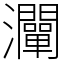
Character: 灛